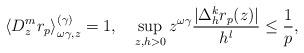
LaTeX: \begin{align*}\left\langle D_{z}^{m}r_{p}\right\rangle _{\omega\gamma,z}^{(\gamma)}=1,\quad\sup_{z,h>0}z^{\omega\gamma}\frac{|\Delta_{h}^{k}r_{p}(z)|}{h^{l}}\leq\frac{1}{p}, \end{align*}